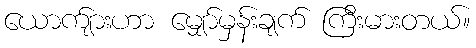
ယောက်ျားဟာ မျှော်မှန်းချက် ကြီးမားတယ်။